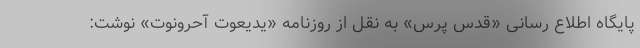
پایگاه اطلاع رسانی «قدس پرس» به نقل از روزنامه «یدیعوت آحرونوت» نوشت: